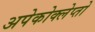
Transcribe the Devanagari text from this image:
अपेकोक्लेप्तो